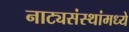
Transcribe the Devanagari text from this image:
नाट्यसंस्थांमध्ये